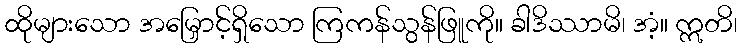
ထိုများသော အမြှောင့်ရှိသော ကြကန်သွန်ဖြူကို။ ခါဒိဿာမိ၊ အံ့။ ဣတိ၊